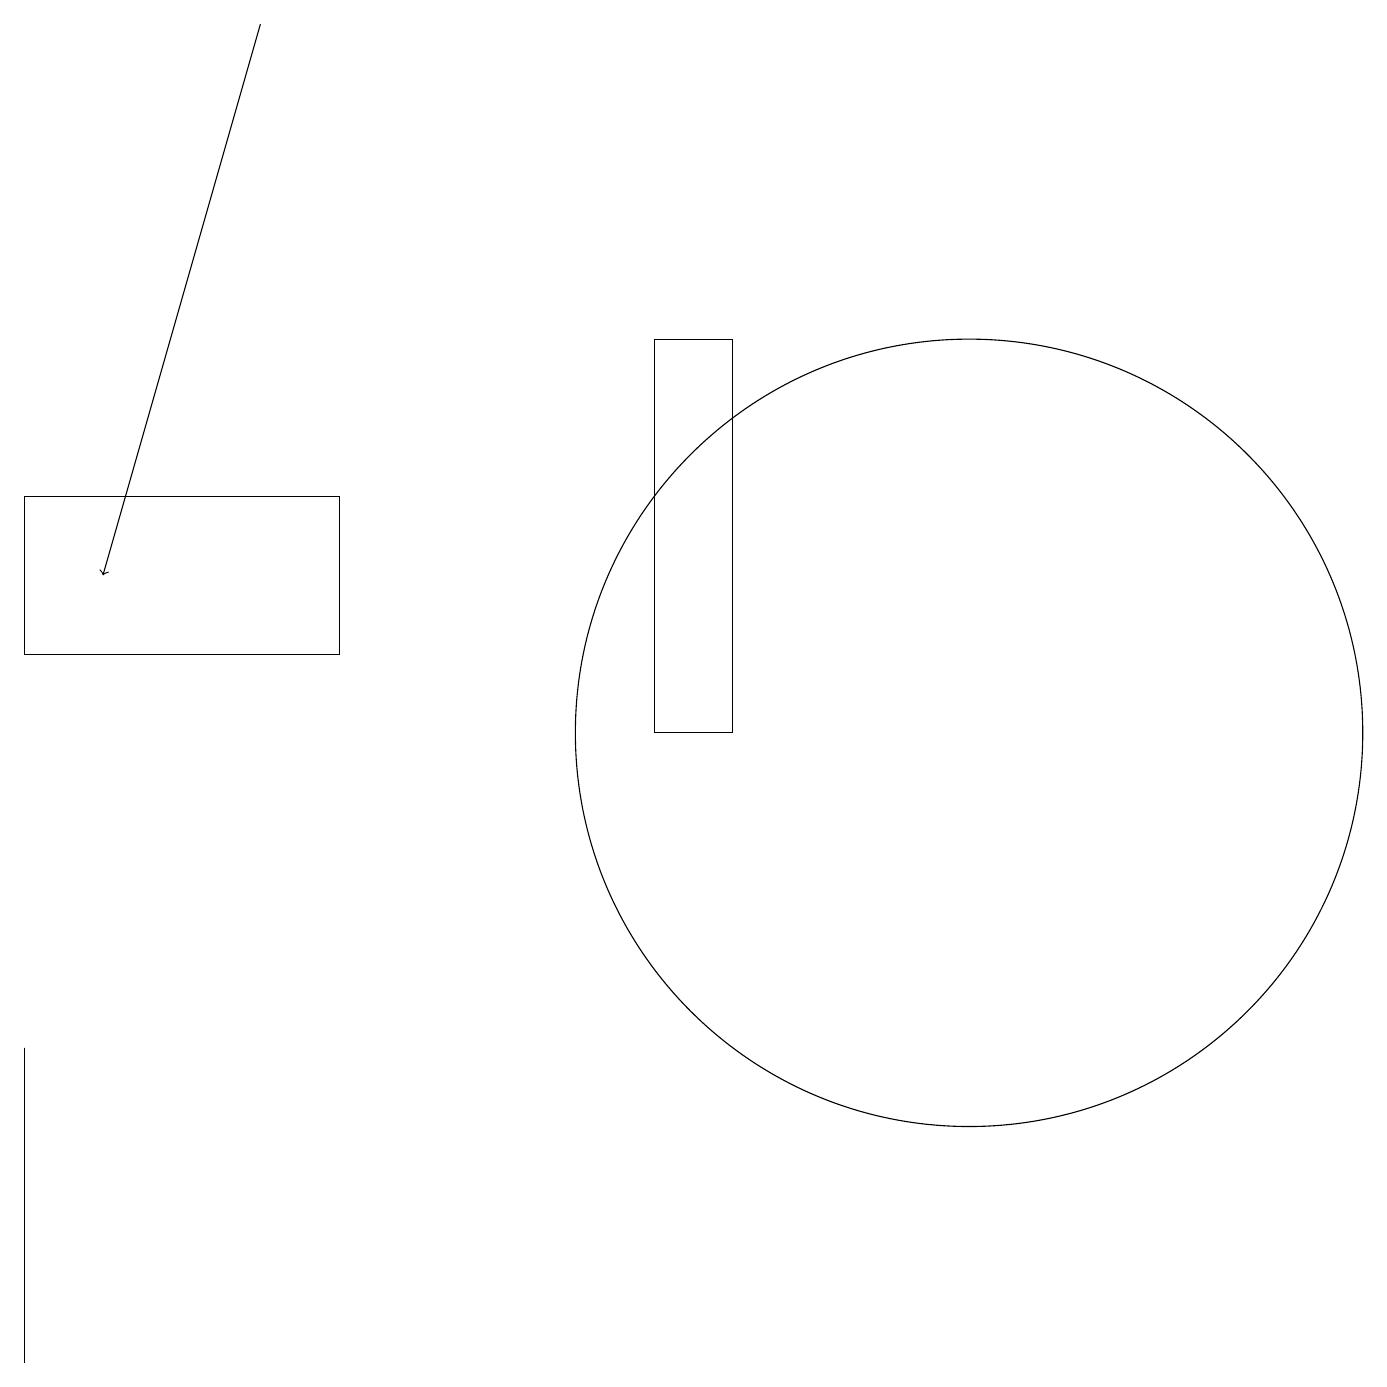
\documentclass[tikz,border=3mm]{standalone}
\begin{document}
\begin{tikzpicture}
\draw[->] (3,19) -- (1,12);
\draw (4,11) rectangle (0,13);
\draw (12,10) circle (5);
\draw (0,3) -- (0,6) -- (0,2) -- cycle;
\draw (8,10) rectangle (9,15);
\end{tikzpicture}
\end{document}